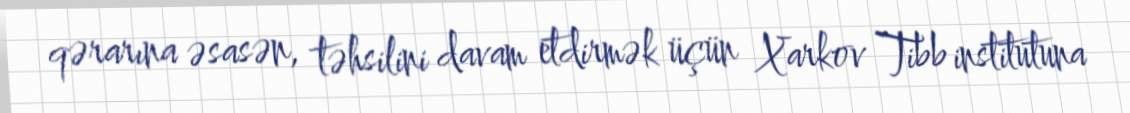
qərarına əsasən, təhsilini davam etdirmək üçün Xarkov Tibb institutuna